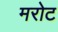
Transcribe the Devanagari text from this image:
मरोट